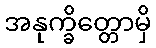
အနုက္ခိတ္တောမှိ